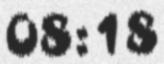
08:18